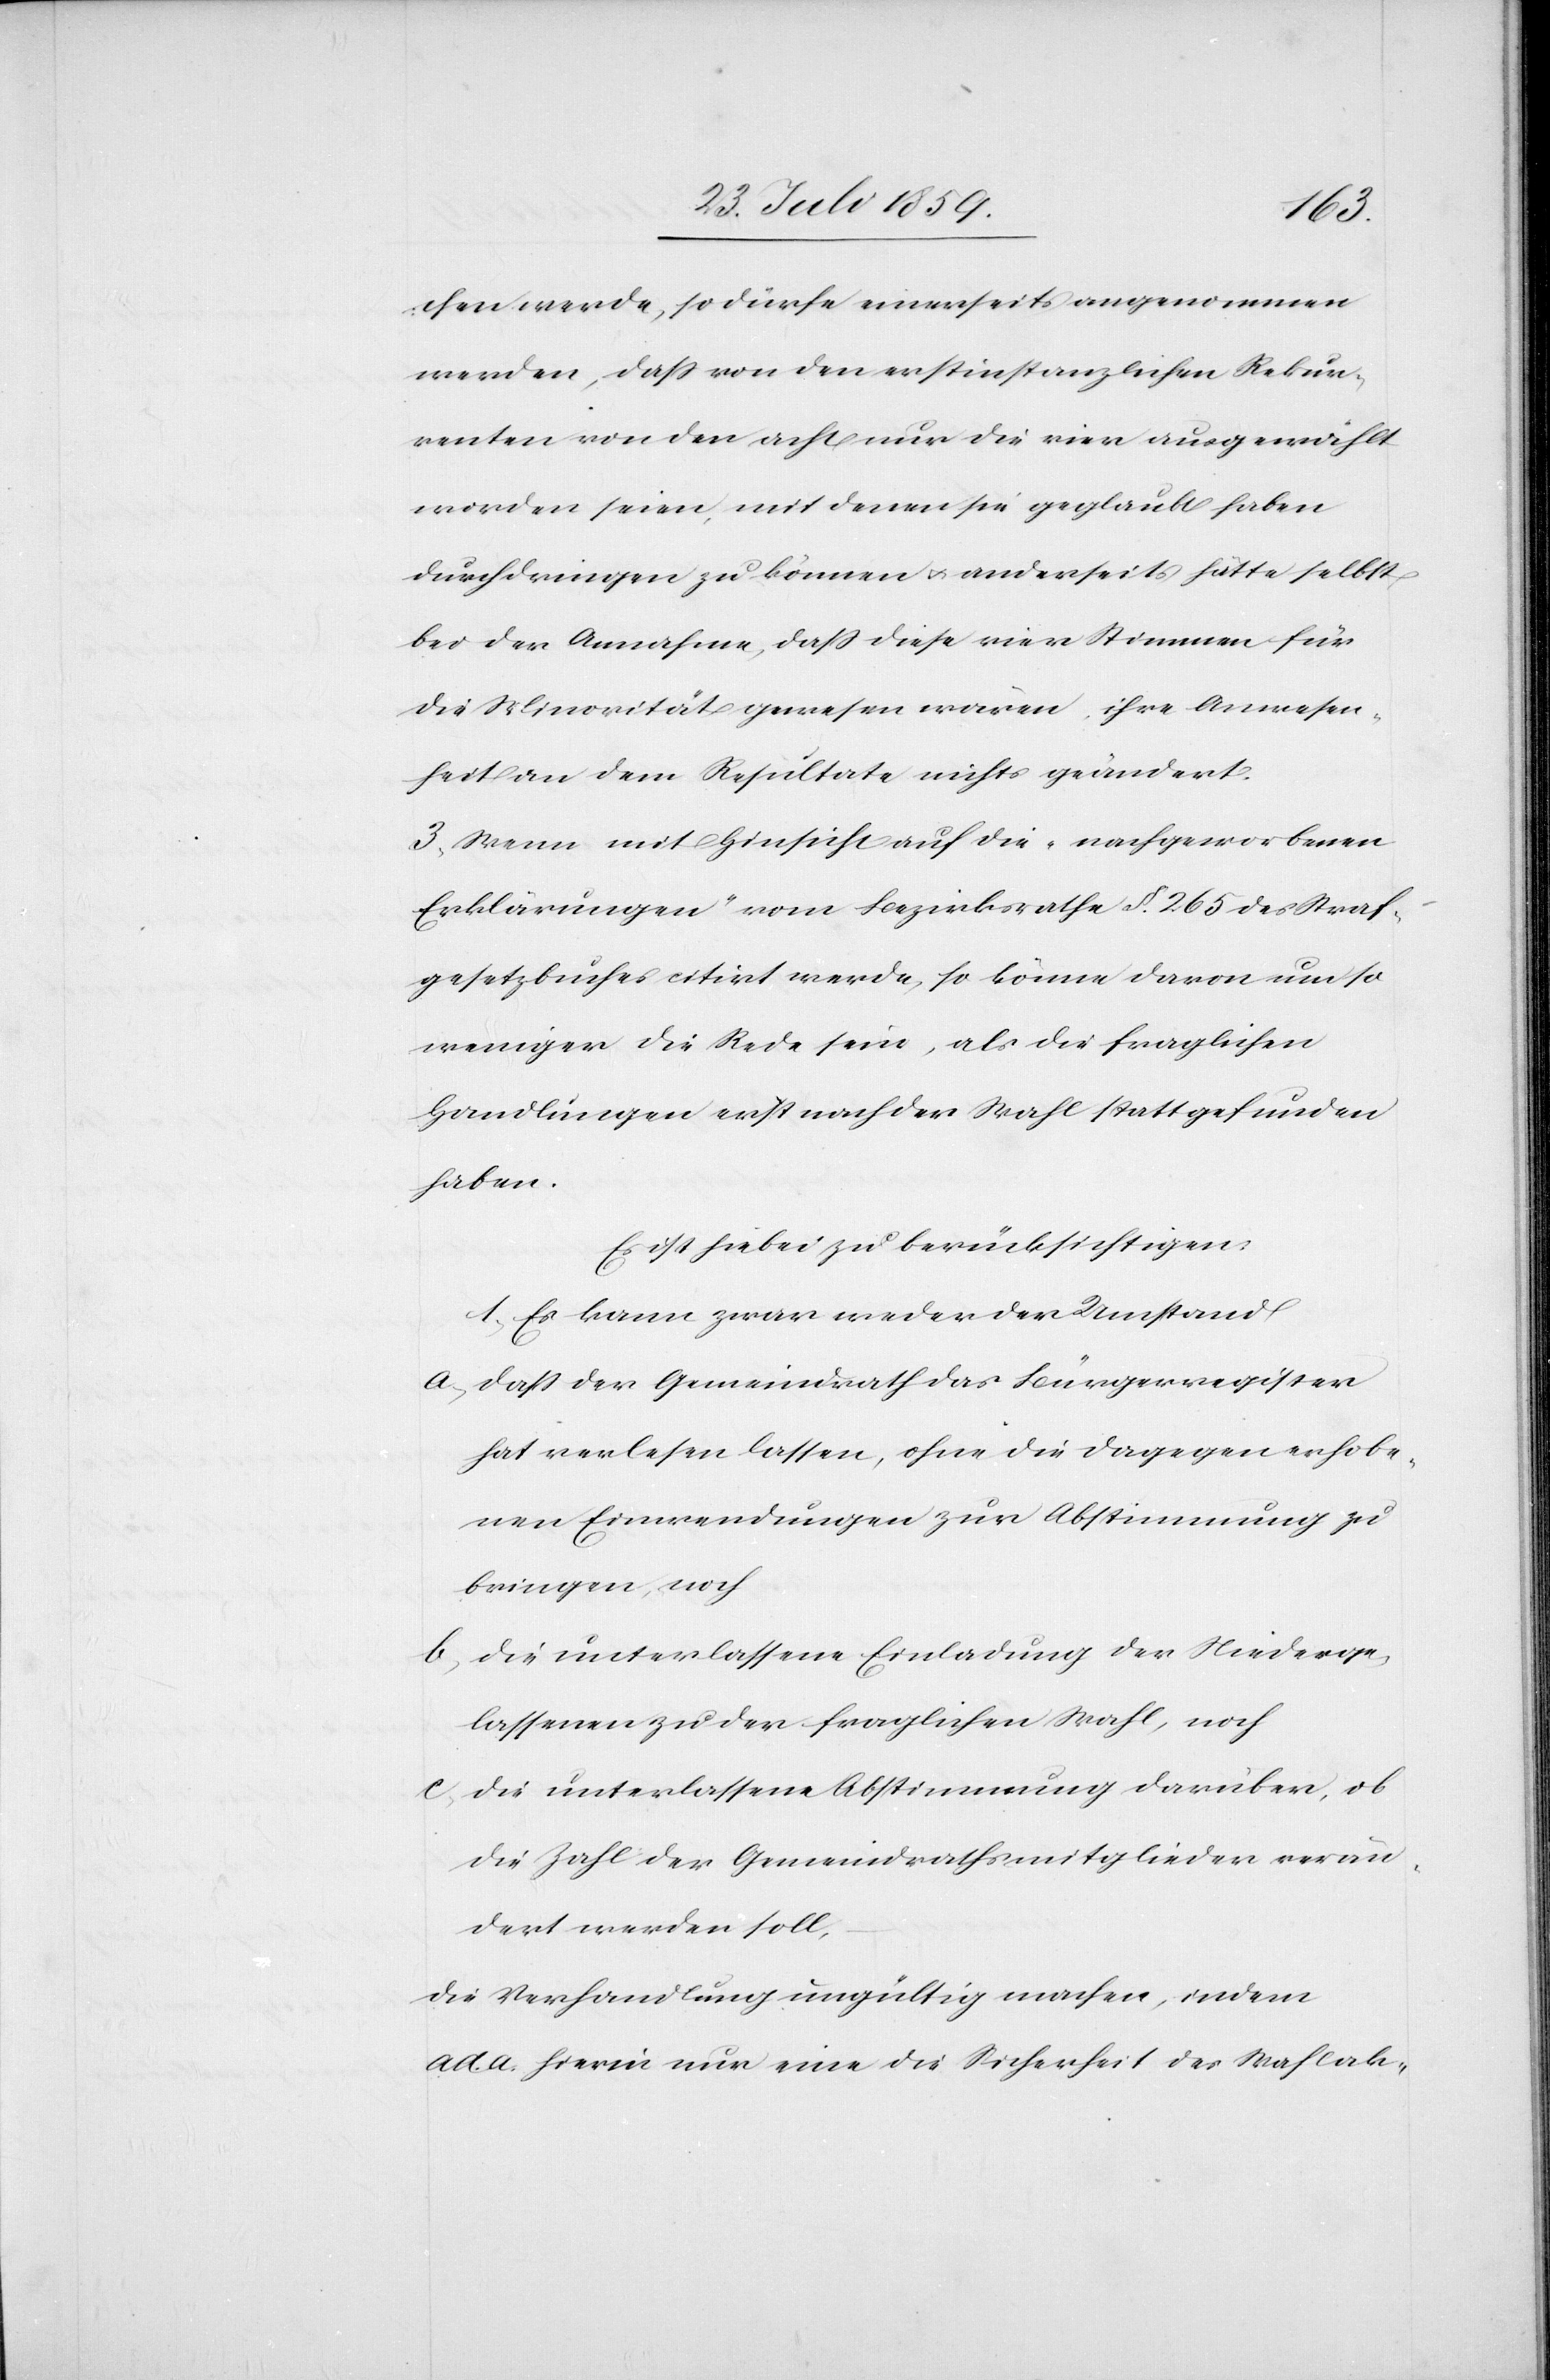
chen werde, so dürfe einerseits angenommen
werden, daß von den erstinstanzlichen Rekur¬
renten von den acht nur die vier ausgewählt
worden seien, mit denen sie geglaubt haben
durchdringen zu können u. anderseits hätte selbst
bei der Annahme, daß diese vier Stimmen für
die Minorität gewesen wären, ihre Anwesen¬
heit an dem Resultate nichts geändert.
3. Wenn mit Hinsicht auf die „nachgeworbenen
Erklärungen“ vom Bezirksrathe §. 265 des Straf¬
gesetzbuches citirt werde, so könne davon umso
weniger die Rede sein, als die fraglichen
Handlungen erst nach der Wahl statt gefunden
haben.
Es ist hiebei zu berücksichtigen:
1. Es kann zwar weder der Umstand
a. daß der Gemeindrath das Bürgerregister
hat verlesen lassen, ohne die dagegen erhobe¬
nen Einwendungen zur Abstimmung zu
bringen, noch
b. die unterlassene Einladung der Niederge¬
lassenen zu der fraglichen Wahl, noch
c. die unterlassene Abstimmung darüber, ob
die Zahl der Gemeindrathsmitglieder verän¬
dert werden soll,
die Verhandlung ungültig machen, indem
ad. a. hierin nur eine die Sicherheit des Wahlak-